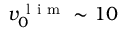
v _ { 0 } ^ { \mathrm { ~ l ~ i ~ m ~ } } \sim 1 0